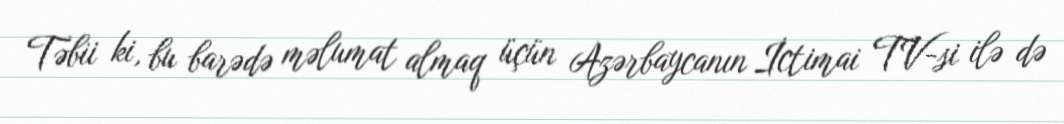
Təbii ki, bu barədə məlumat almaq üçün Azərbaycanın İctimai TV-si ilə də